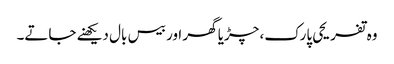
وہ تفریحی پارک، چڑیا گھر اور بیس بال دیکھنے جاتے۔